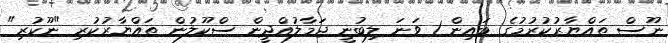
ނޫސް ތައްޔާރުކުރުމުގެ ބައިން 1 ވަނަ ލިބުނީ ޖަމާލުއްދީން ސްކޫލުން ތައްޔާރުކުރި "ނޫކުރި"